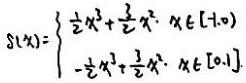
\[
S(x)=\begin{cases}
\frac{1}{2}x^{3}+\frac{3}{2}x^{2}, & x\in[-1,0) \\
-\frac{1}{2}x^{3}+\frac{3}{2}x^{2}, & x\in[0,1]
\end{cases}
\]